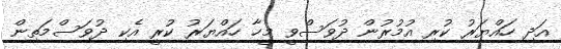
އަދި ހައްޔަރު ކުރި އުމުރުން ދުވަސްވީ މީހާ ހައްޔަރު ކުރީ އެކި ދުވަސްމަތިން